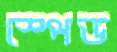
স্পেড